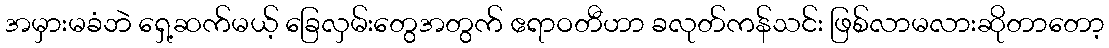
အမှားမခံဘဲ ရှေ့ဆက်မယ့် ခြေလှမ်းတွေအတွက် ဧရာဝတီဟာ ခလုတ်ကန်သင်း ဖြစ်လာမလားဆိုတာတော့